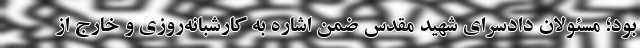
بود؛ مسئولان دادسرای شهید مقدس ضمن اشاره به کارشبانه‌روزی و خارج از